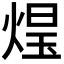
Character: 𭵑